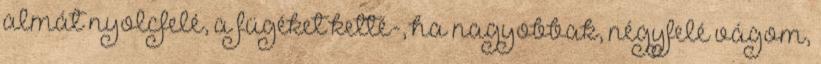
almát nyolcfelé, a fügéket ketté-, ha nagyobbak, négyfelé vágom,